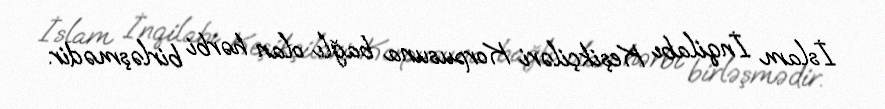
İslam İnqilabı Keşikçiləri Korpusuna bağlı olan hərbi birləşmədir.